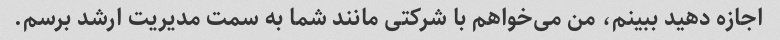
اجازه دهید ببینم، من می‌خواهم با شرکتی مانند شما به سمت مدیریت ارشد برسم.